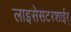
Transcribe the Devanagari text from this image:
लाइसेसटरशाईर्